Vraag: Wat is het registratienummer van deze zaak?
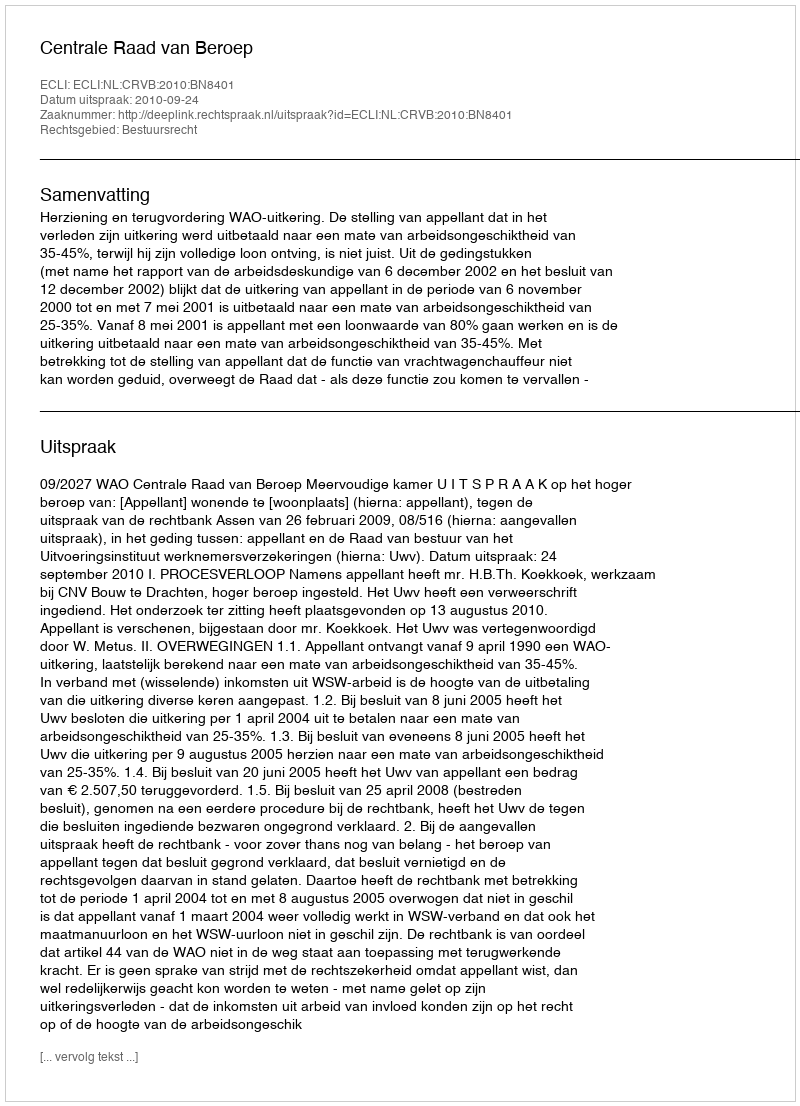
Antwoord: http://deeplink.rechtspraak.nl/uitspraak?id=ECLI:NL:CRVB:2010:BN8401